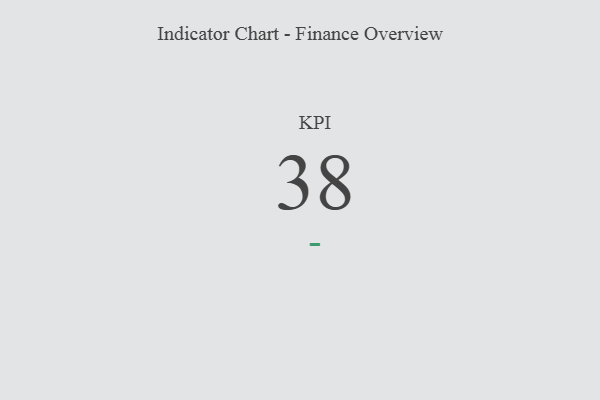
{"axis": {"x": "KPI", "y": "Value"}, "legend": [""], "data": [{"x": "KPI", "y": 38, "type": ""}]}